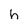
Character: h